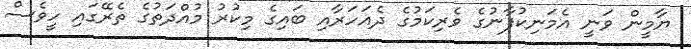
ޔާމީން ވަނީ އެމަނިކުފާނުގެ ވެރިކަމުގެ ދެއަހަރާއި ބައިގެ މިކުރު މުއްދަތުގެ ތެރޭގައި ހީވެސް